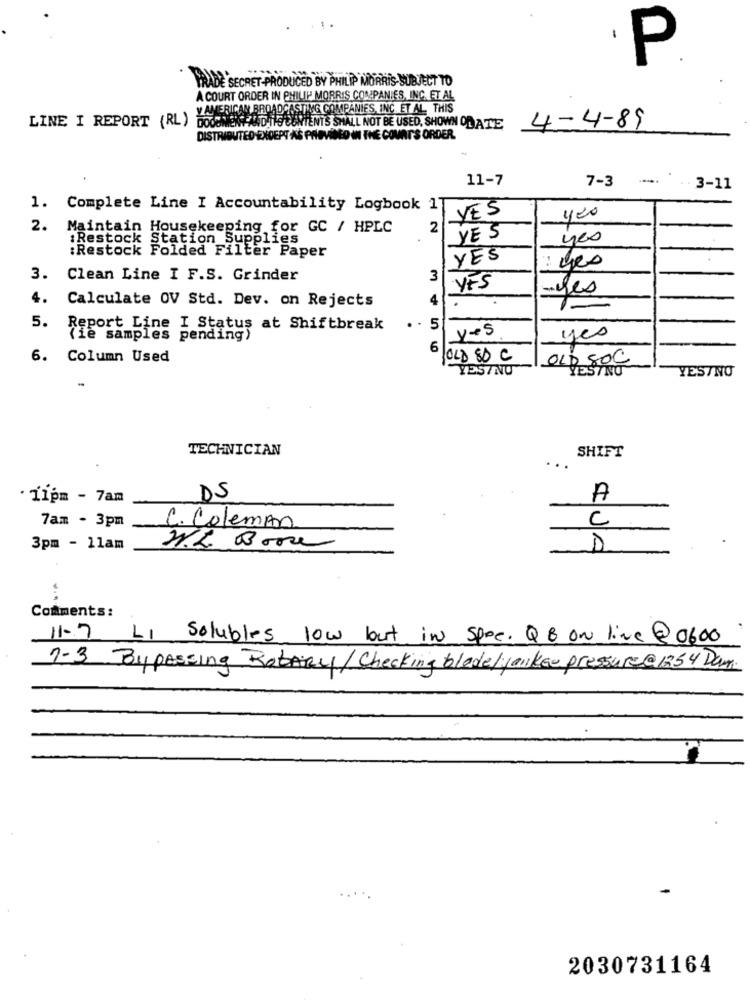
P
TRADE SECRET-PRODUCED BY PHILIP MORRIS-SUBJECT TO
A COURT ORDER IN PHILIP MORRIS COMPANIES, INC. ET AL
AMERICAN BROADCASTING COMPANIES, INC. ET AL. THIS
LINE I REPORT (RL ) DOCUMENT AND ITS CONTENTS SMALL NOT BE USED, SHOWN ON ATE
4-4-89
DISTRIBUTED-EXCEPT AS PROVIDED IN THE COVAT'S ORDER.
11-7
7-3
3-11
1.
Complete Line I Accountability Logbook 1
YES
420
2.
Maintain Housekeeping for GC / HPLC
2
:Restock Sta
Station Supplies
YES
nes
:Restock Folded Filter Paper
YES
: yes
3.
Clean Line I F.S. Grinder
3
YES
-yes
4.
Calculate OV Std. Dev. on Rejects
5.
Report Line I Status at Shiftbreak
5
yes
(ie samples pending)
yes
6
6.
Column Used
OLD ED C
YES/NO
OLDESTNO
YESTNO
TECHNICIAN
SHIFT
· 11pm - 7am
DS
A
7am - 3pm
C. Coleman
3pm - 11am
W.K. Book
UA
Comments:
11-7 LI Solubles low but in spee. QB on line @ 0600
7.3 Bypassing Rotary/Checking blodk/yankee pressure @1254 Day.
2030731164